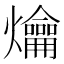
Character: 𤓀